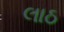
લાઠ